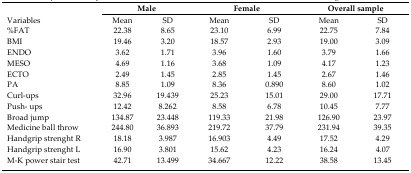
<table><thead><tr><td rowspan="2"></td><td colspan="2"><b>Male</b></td><td colspan="2"><b>Female</b></td><td colspan="2"><b>Overall sample</b></td></tr><tr><td><b>Variables</b></td><td><b>Mean</b></td><td><b>SD</b></td><td><b>Mean</b></td><td><b>SD</b></td><td><b>Mean</b></td><td><b>SD</b></td></tr></thead><tbody><tr><td>%FAT</td><td>22.38</td><td>8.65</td><td>23.10</td><td>6.99</td><td>22.75</td><td>7.84</td></tr><tr><td>BMI</td><td>19.46</td><td>3.20</td><td>18.57</td><td>2.93</td><td>19.00</td><td>3.09</td></tr><tr><td>ENDO</td><td>3.62</td><td>1.71</td><td>3.96</td><td>1.60</td><td>3.79</td><td>1.66</td></tr><tr><td>MESO</td><td>4.69</td><td>1.16</td><td>3.68</td><td>1.09</td><td>4.17</td><td>1.23</td></tr><tr><td>ECTO</td><td>2.49</td><td>1.45</td><td>2.85</td><td>1.45</td><td>2.67</td><td>1.46</td></tr><tr><td>PA</td><td>8.85</td><td>1.09</td><td>8.36</td><td>0.890</td><td>8.60</td><td>1.02</td></tr><tr><td>Curl-ups</td><td>32.96</td><td>19.439</td><td>25.23</td><td>15.01</td><td>29.00</td><td>17.71</td></tr><tr><td>Push-ups</td><td>12.42</td><td>8.262</td><td>8.58</td><td>6.78</td><td>10.45</td><td>7.77</td></tr><tr><td>Broad jump</td><td>134.87</td><td>23.448</td><td>119.33</td><td>21.98</td><td>126.90</td><td>23.97</td></tr><tr><td>Medicine ball throw</td><td>244.80</td><td>36.893</td><td>219.72</td><td>37.79</td><td>231.94</td><td>39.35</td></tr><tr><td>Handgrip strenght R</td><td>18.18</td><td>3.987</td><td>16.903</td><td>4.49</td><td>17.52</td><td>4.29</td></tr><tr><td>Handgrip strenght L</td><td>16.90</td><td>3.801</td><td>15.62</td><td>4.23</td><td>16.24</td><td>4.07</td></tr><tr><td>M-K power stair test</td><td>42.71</td><td>13.499</td><td>34.667</td><td>12.22</td><td>38.58</td><td>13.45</td></tr></tbody></table>